画像に写った文字を読んでください
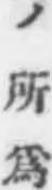
「ノ所爲」と書いてあります